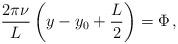
LaTeX: \begin{align*}\frac{2\pi \nu}{L} \left(y-y_0 +\frac{L}{2}\right) = \Phi \, ,\end{align*}